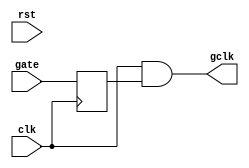
module clk_gate(
   input clk,
   input rst,
   input gate,
   output gclk
);
   reg gate_en;

   always @(negedge clk) begin
      gate_en <= gate;
   end

   assign gclk = clk && gate_en;
endmodule